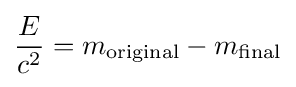
{\frac {E}{c^{2}}}=m_{\text{original}}-m_{\text{final}}